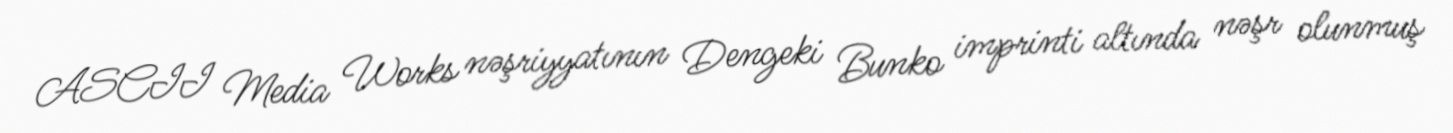
ASCII Media Works nəşriyyatının Dengeki Bunko imprinti altında nəşr olunmuş